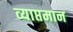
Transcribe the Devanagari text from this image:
व्याप्तमान